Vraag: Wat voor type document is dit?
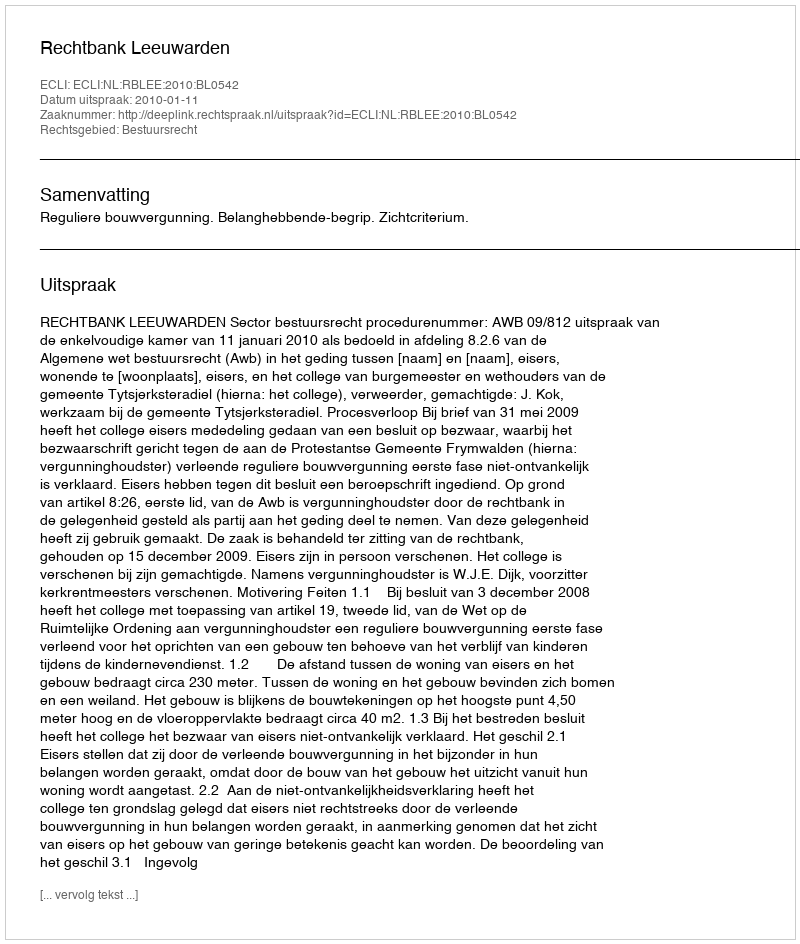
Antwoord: Uitspraak